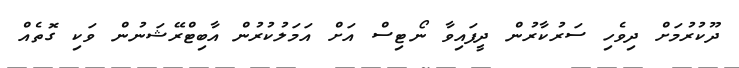
ދޫކުރުމަށް ދިވެހި ސަރުކާރުން ދީފައިވާ ނޯޓިސް އަށް އަމަލުކުރުން އާބިޓްރޭޝަނުން ވަކި ގޮތެއް